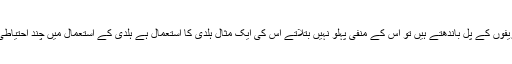
داود ظفر ندیم | مکالمہ
بہت سے لوگ کسی غذا کے بارے تعریفوں کے پل باندھتے ہیں تو اس کے منفی پہلو نہیں بتلاتے اس کی ایک مثال ہلدی کا استعمال ہے ہلدی کے استعمال میں چند احتیاطی تدابیر اختیار کرنے کی ضرورت ہے
۔